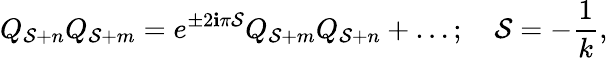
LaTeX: Q_{\mathcal{S}+n}Q_{\mathcal{S}+m}=e^{\pm2\mathbf{i}{\pi}\mathcal{S}}Q_{\mathcal{S}+m}Q_{\mathcal{S}+n}+\ldots;\quad\mathcal{S}={-{\frac{{1}}{{k}}}},